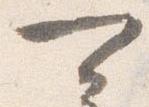
可